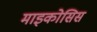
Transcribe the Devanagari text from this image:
माइकोसिस